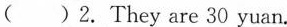
( )2. They are 30 yuan.